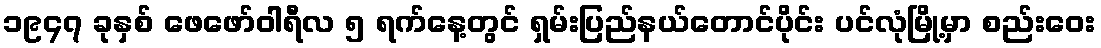
၁၉၄၇ ခုနှစ် ဖေဖော်ဝါရီလ ၅ ရက်နေ့တွင် ရှမ်းပြည်နယ်တောင်ပိုင်း ပင်လုံမြို့မှာ စည်းဝေး